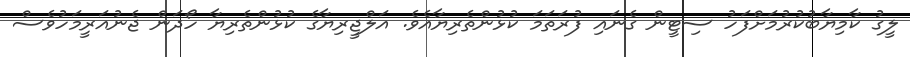
ލީގު ކާމިޔާބުކުރުމަށްފަހު ސިޓީން ގެނައި ފުރަތަމަ ކުޅުންތެރިޔާއެވެ. އަލްޖީރިޔާގެ ކުޅުންތެރިޔާ ހޯދަން ޖެނުއަރީމަހުވެސް